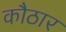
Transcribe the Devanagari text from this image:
कौठार